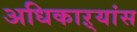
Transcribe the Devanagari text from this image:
अधिकाऱ्यांस